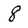
Character: 8